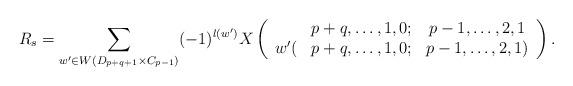
LaTeX: \begin{align*} R_s = \sum_{w' \in W(D_{p+q+1} \times C_{p-1})}(-1)^{l(w')} X\left(\begin{array}{cccccccccc}&p+q, \dots, 1, 0; & p-1, \dots, 2,1 \\w'(&p+q, \dots, 1, 0; & p-1, \dots, 2,1)\end{array}\right).\end{align*}